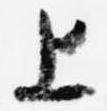
上